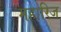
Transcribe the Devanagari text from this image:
महारिज